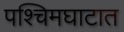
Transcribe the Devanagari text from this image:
पश्चिमघाटात